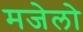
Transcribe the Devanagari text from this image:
मजेलो